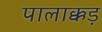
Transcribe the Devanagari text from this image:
पालाक्कड़